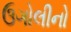
ઉગોલીનો